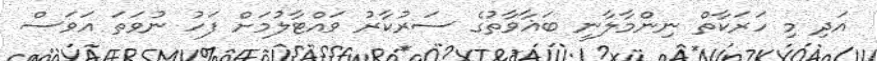
އަދި މި ހަރަކާތް ނިންމާލާނީ ބަޣާވާތުގެ ސަރުކާރު ވައްޓާލުމަށް ފަހު ނުވަތަ އަވަސް